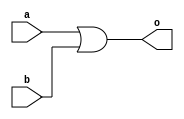
module or_behavioral(input a,b,output reg o);
always @ (a,b)
begin
o=a|b;
end
endmodule